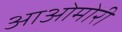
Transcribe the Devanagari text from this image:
आओमोरी